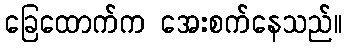
ခြေထောက်က အေးစက်နေသည်။